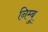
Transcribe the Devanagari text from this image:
निम्बु